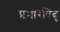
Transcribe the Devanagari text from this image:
प्रभारबिंदू